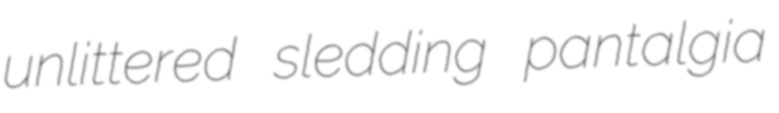
unlittered sledding pantalgia